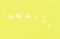
سألتهم